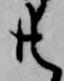
共